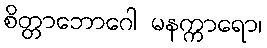
စိတ္တာဘောဂေါ မနက္ကာရော၊